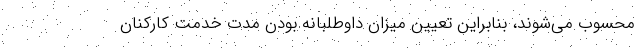
محسوب می‌شوند، بنابراین تعیین میزان داوطلبانه بودن مدت خدمت کارکنان